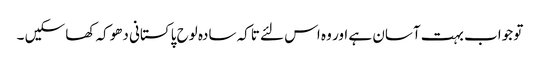
تو جواب بہت آسان ہے اور وہ اس لئے تاکہ سادہ لوح پاکستانی دھوکہ کھا سکیں ۔